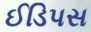
ઈડિપસ